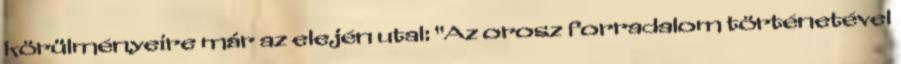
körülményeire már az elején utal: "Az orosz forradalom történetével